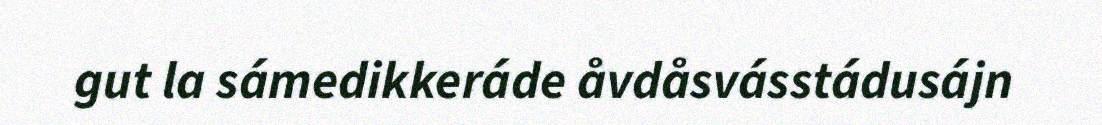
gut la sámedikkeráde åvdåsvásstádusájn